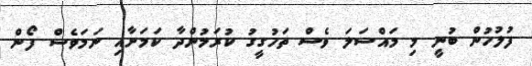
ފުލުހުން ބުނީ މި މައްސަލަ ވެސް ތަހުގީގު ކުރަމުންދާ ކަމަށާއި ނަމަވެސް ފޯން